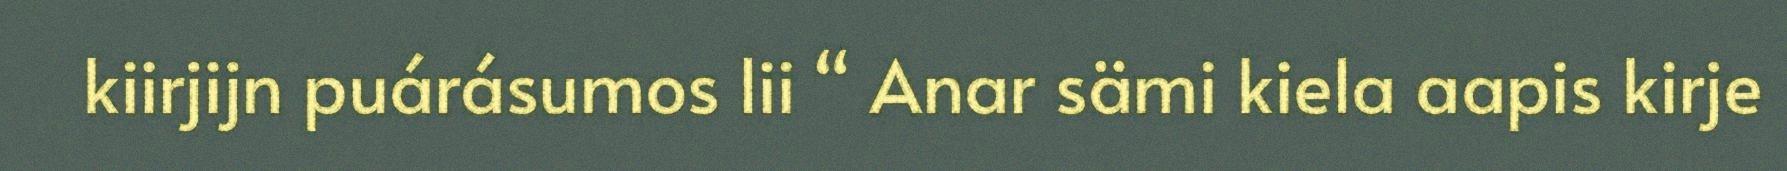
kiirjijn puárásumos lii “ Anar sämi kiela aapis kirje